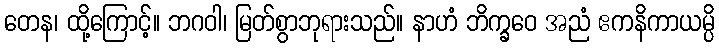
တေန၊ ထို့ကြောင့်။ ဘဂဝါ၊ မြတ်စွာဘုရားသည်။ နာဟံ ဘိက္ခဝေ အညံ ဧကနိကာယမ္ပိ